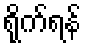
ရိုက်ရန်